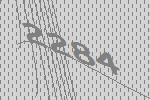
2284